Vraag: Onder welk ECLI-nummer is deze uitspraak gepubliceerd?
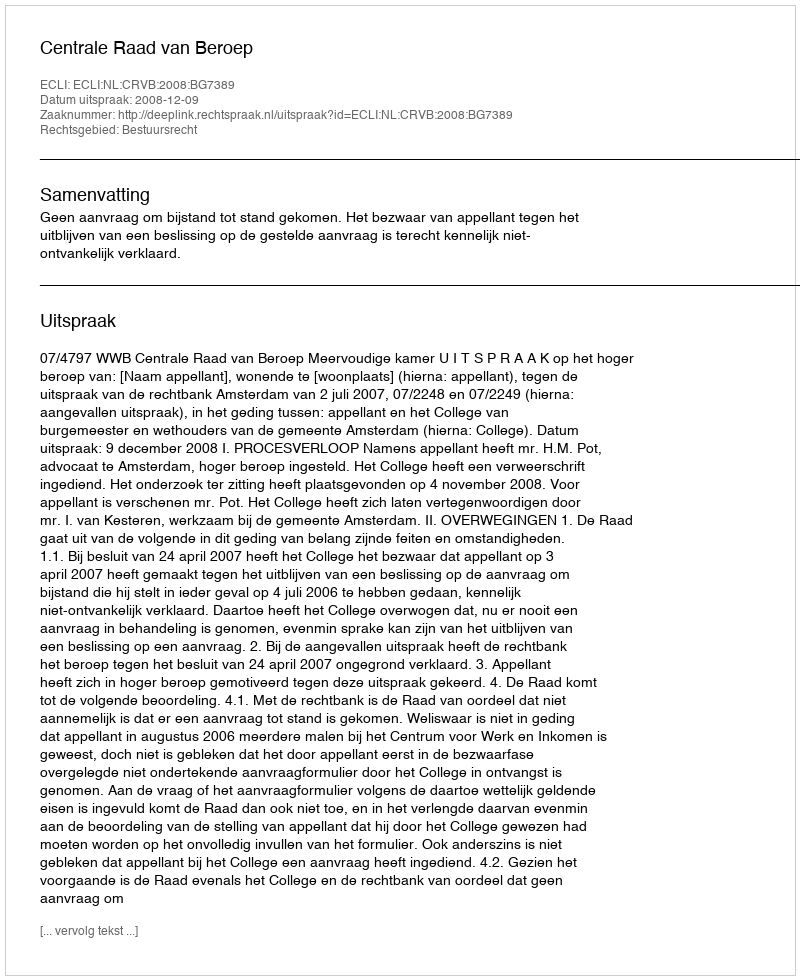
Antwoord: ECLI:NL:CRVB:2008:BG7389